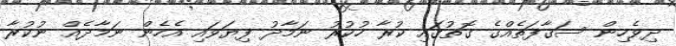
ދިވެހިން ސަޤާފަތެއްގެ ގޮތުގައި ކުރާ ހުކުރު ނަމާދު ފިޔަވައި އެހެން ނަމާދެއް ނުކުރާ